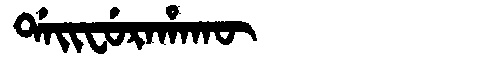
Manchu: ᡩᠠᡳᠸᡠᡵᠠᡥᠠᡴᡡ
Romanization: DAIFURAHAKŪ